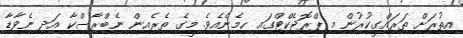
އިތުރަށް ތަރައްގީކުރުން މި ޕްރޮޖެކްޓްގައި ހިމެނެއެވެ. މީގެ ތެރެއިން ނެބްރާސްކާ އަދި ނެވާޑާ